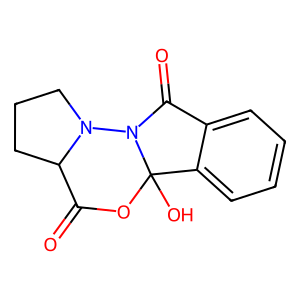
SMILES: O=C1OC2(O)c3ccccc3C(=O)N2N2CCCC12
Inhibits HIV replication: No